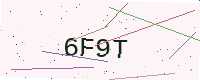
Text: 6F9T